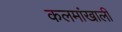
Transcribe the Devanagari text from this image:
कलमांखाली